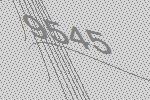
9545